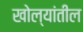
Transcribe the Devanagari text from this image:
खोल्यांतील